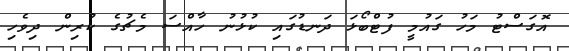
އޮގަސްޓު މަހު ގައުމީ ފުޓްބޯޅަ ދަނޑުގައި ކުޅުނު ހާއްސަ މެޗުގެ ކުރިން ދިވެހި